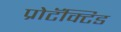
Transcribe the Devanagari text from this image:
प्रोटॅक्टिड